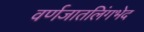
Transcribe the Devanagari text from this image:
वर्णजातलिंगभेद